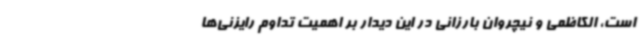
است، الکاظمی و نیچروان بارزانی در این دیدار بر اهمیت تداوم رایزنی‌ها